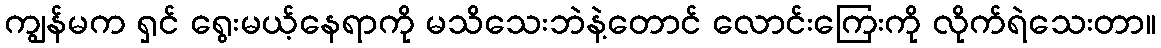
ကျွန်မက ရှင် ရွေးမယ့်နေရာကို မသိသေးဘဲနဲ့တောင် လောင်းကြေးကို လိုက်ရဲသေးတာ။